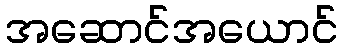
အဆောင်အယောင်